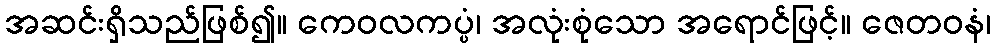
အဆင်းရှိသည်ဖြစ်၍။ ကေဝလကပ္ပံ၊ အလုံးစုံသော အရောင်ဖြင့်။ ဇေတဝနံ၊